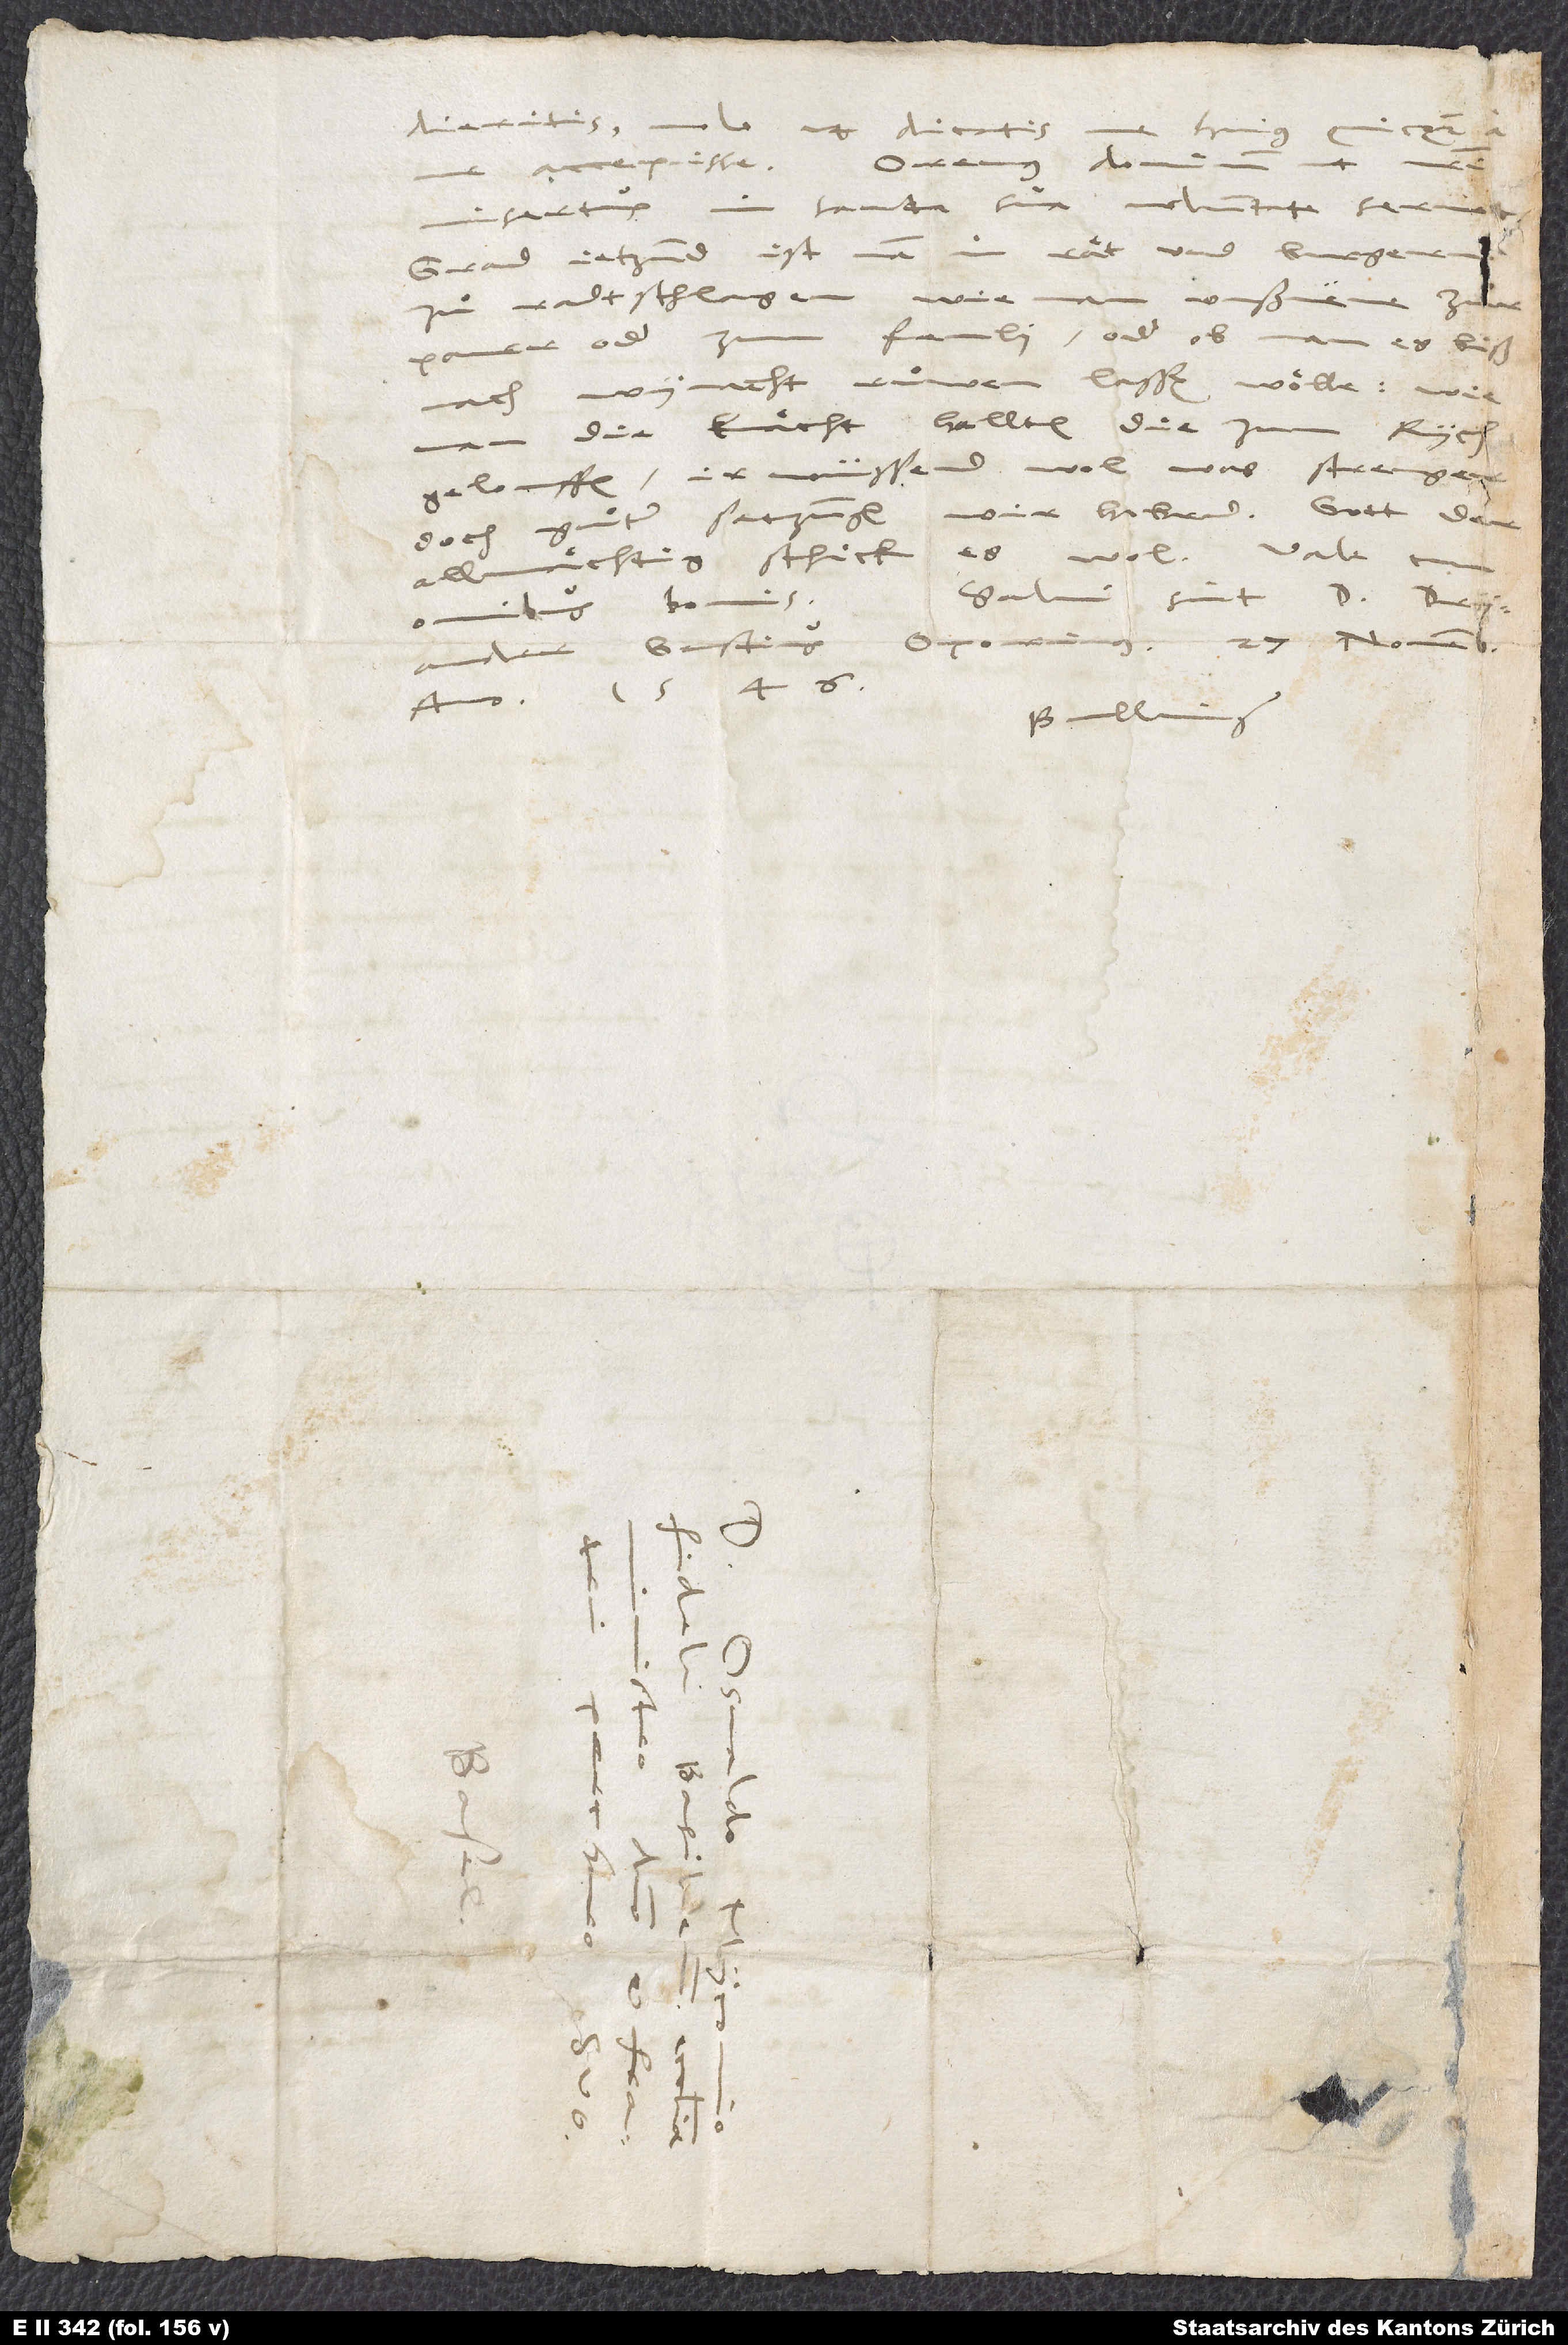
D.

audieritis, nolo ut dicatis huius
Grad jetzund ist man in raͤt und burgern
zuͦ radtschlagen, wie man uußneme zu
allmaͤchtig schick es wol!
Salvi sint d. Drander,
omnibus bonis.
Gastius, Oporinus. 27. novembris
anno 1546.
Bullinger.
d.